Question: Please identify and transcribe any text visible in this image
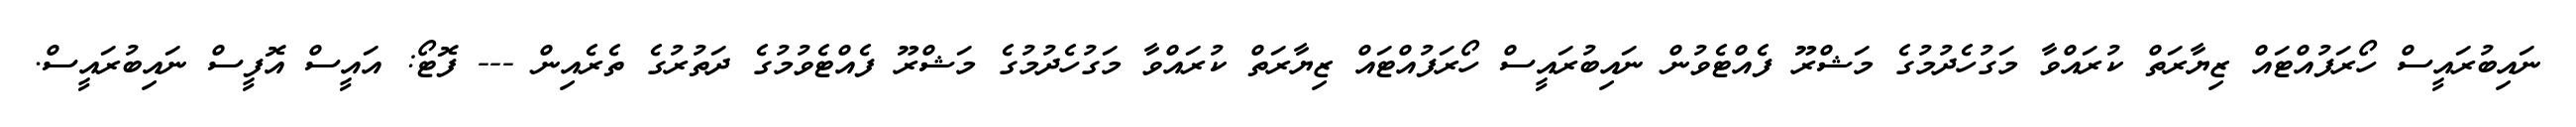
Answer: ނައިބުރައީސް ހޯރަފުއްޓައް ޒިޔާރަތް ކުރައްވާ މަގުހެދުމުގެ މަޝްރޫ ފެއްޓެވުން ނައިބުރައީސް ހޯރަފުއްޓައް ޒިޔާރަތް ކުރައްވާ މަގުހެދުމުގެ މަޝްރޫ ފެއްޓެވުމުގެ ދަތުރުގެ ތެރެއިން --- ފޮޓޯ: އައީސް އޮފީސް ނައިބުރައީސް.